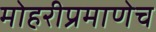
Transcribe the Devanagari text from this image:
मोहरीप्रमाणेच